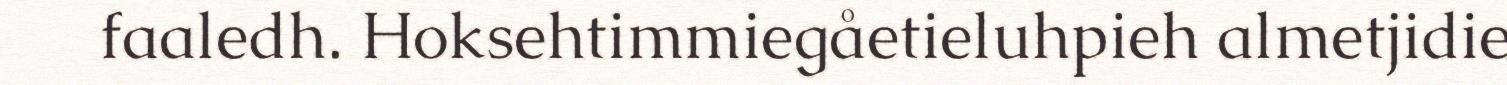
faaledh. Hoksehtimmiegåetieluhpieh almetjidie